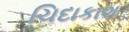
ચિદાકાશ